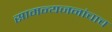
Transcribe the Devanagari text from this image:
सामन्यजनांचाच